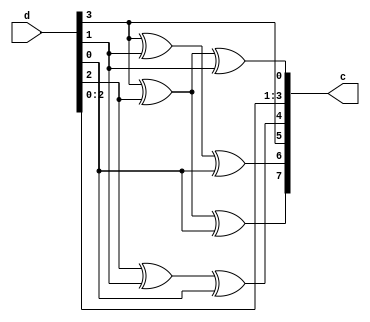
// hamming 7,4 encoder

module ham_74_encoder(
	input [3:0] d,
	output reg [7:0] c
	);

	wire [3:0] G[0:7];
	assign G[0] = 4'b1101;
	assign G[1] = 4'b1011;
	assign G[2] = 4'b1000;
	assign G[3] = 4'b0111;
	assign G[4] = 4'b0100;
	assign G[5] = 4'b0010;
	assign G[6] = 4'b0001;
	assign G[7] = 4'b1110;

	integer i;
	always @(*) begin
		for (i = 0; i < 8; i = i + 1) begin
			c[7 - i] = (G[i][3] & d[3]) ^ (G[i][2] & d[2]) ^ (G[i][1] & d[1]) ^ (G[i][0] & d[0]);
		end
	end
	
endmodule